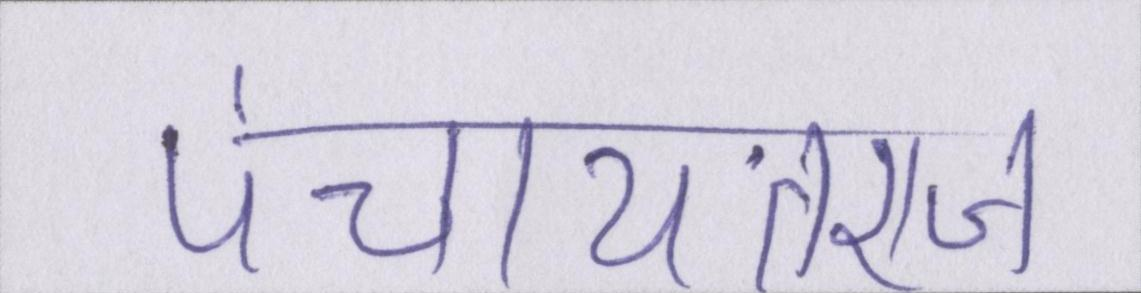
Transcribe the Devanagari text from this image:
पंचायतराज